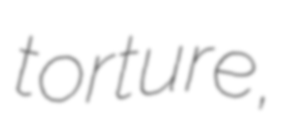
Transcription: torture,